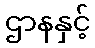
ဌာနနှင့်